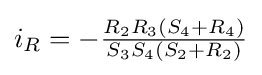
i_{R}=-{\tfrac {R_{2}R_{3}(S_{4}+R_{4})}{S_{3}S_{4}(S_{2}+R_{2})}}